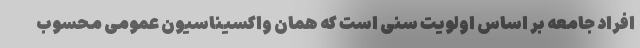
افراد جامعه بر اساس اولویت سنی است که همان واکسیناسیون عمومی محسوب